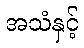
အသံနှင့်